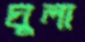
ঘুলা